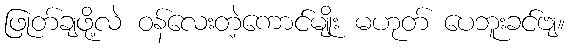
ဖြုတ်ချဖို့လဲ ဝန်လေးတဲ့ကောင်မျိုး မဟုတ် ပေဘူးခင်ဗျ။